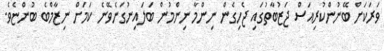
ވަރަކަށް ބޭނުންކުރިއަސް ޖަޒުބާތުގައި ޖެހިގެން ނިންމާ ނިންމުން ބަލައިނުގަނެވޭނެ ކަމަށް ނިޒާމްބެ ބުންޏެވެ.